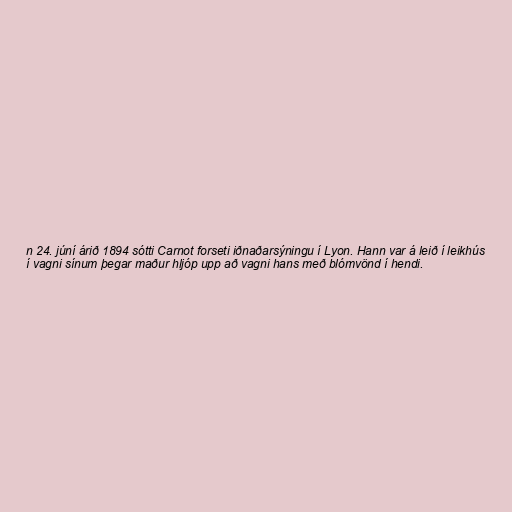
n 24. júní árið 1894 sótti Carnot forseti iðnaðarsýningu í Lyon. Hann var á leið í leikhús
í vagni sínum þegar maður hljóp upp að vagni hans með blómvönd í hendi.